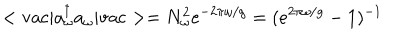
< \mathrm { v a c } | a _ { \omega } ^ { \dagger } a _ { \omega } | \mathrm { v a c } > = N _ { \omega } ^ { 2 } e ^ { - 2 \pi \omega / g } = ( e ^ { 2 \pi \omega / g } - 1 ) ^ { - 1 }